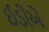
ઈડીએ